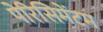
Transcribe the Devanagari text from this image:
पेरिसिमेंटम